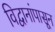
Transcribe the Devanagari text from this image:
विद्वानांपासून